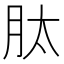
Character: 肽